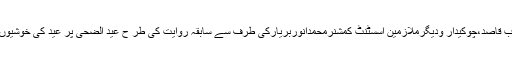
ان خیالات کااظہاراسسٹنٹ کمشنرآفس وزیرآبادکے نائب قاصد،چوکیدار ودیگرملازمین اسسٹنٹ کمشنرمحمدانوربریارکی طرف سے سابقہ روایت کی طر ح عید الضحیٰ پر عید کی خوشیوںکودوبالاکرنے کے لئے عیدی دینے کے موقع پر کیا۔